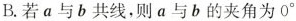
B.若a与b共线，则a与b的夹角为0°